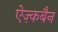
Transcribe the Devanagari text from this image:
ऐज़्कबैन